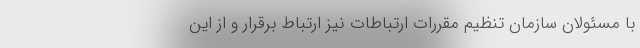
با مسئولان سازمان تنظیم مقررات ارتباطات نیز ارتباط برقرار و از این